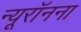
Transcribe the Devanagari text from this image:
न्यूरॉनना